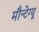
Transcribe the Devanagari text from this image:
मौन्टेग्यू